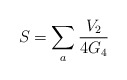
\begin{align*}S = \sum_{a} \frac{V_{2}}{4 G_{4}} \end{align*}